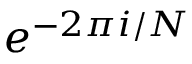
e ^ { - 2 \pi i / N }